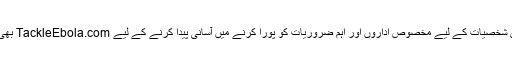
جناب ایلن نے انفرادی شخصیات کے لیے مخصوص اداروں اور اہم ضروریات کو پورا کرنے میں آسانی پیدا کرنے کے لیے TackleEbola.com بھی تخلیق کر رکھی ہے۔